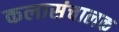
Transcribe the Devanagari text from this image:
कलासंचालक